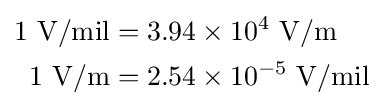
{\begin{aligned}1{\text{ V/mil}}&=3.94\times 10^{4}{\text{ V/m}}\\1{\text{ V/m}}&=2.54\times 10^{-5}{\text{ V/mil}}\end{aligned}}